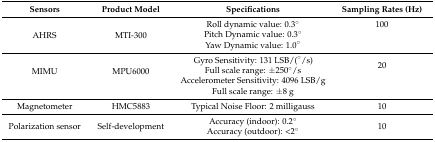
<table><thead><tr><td><b>Sensors</b></td><td><b>Product Model</b></td><td><b>Specifications</b></td><td><b>Sampling Rates (Hz)</b></td></tr></thead><tbody><tr><td rowspan="3">AHRS</td><td rowspan="3">MTI-300</td><td>Roll dynamic value: 0.3°</td><td>100</td></tr><tr><td>Pitch Dynamic value: 0.3°</td><td></td></tr><tr><td>Yaw Dynamic value: 1.0°</td><td></td></tr><tr><td rowspan="2">MIMU</td><td rowspan="2">MPU6000</td><td>Gyro Sensitivity: 131 LSB/(°/s) Full scale range: ±250°/s</td><td>20</td></tr><tr><td>Accelerometer Sensitivity: 4096 LSB/g Full scale range: ±8 g</td><td></td></tr><tr><td>Magnetometer</td><td>HMC5883</td><td>Typical Noise Floor: 2 milligauss</td><td>10</td></tr><tr><td>Polarization sensor</td><td>Self-development</td><td>Accuracy (indoor): 0.2° Accuracy (outdoor): &lt;2°</td><td>10</td></tr></tbody></table>